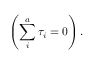
\left( \sum _ { i } ^ { a } \tau _ { i } = 0 \right) .